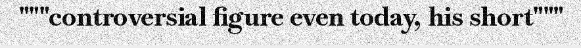
"""controversial figure even today, his short"""